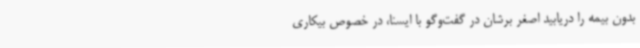
بدون بیمه را دریابید اصغر برشان در گفت‌وگو با ایسنا، در خصوص بیکاری